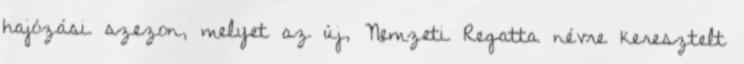
hajózási szezon, melyet az új, Nemzeti Regatta névre keresztelt